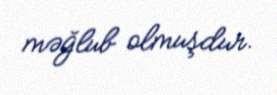
məğlub olmuşdur.